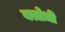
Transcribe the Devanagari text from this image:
बलोधी